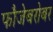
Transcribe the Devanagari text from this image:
फौजेबरोबर